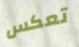
تعكس